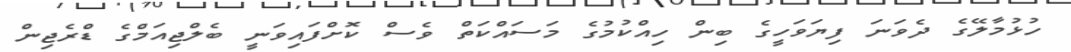
ހުޅުމާލޭގެ ދެވަނަ ފިޔަވަހީގެ ބިން ހިއްކުމުގެ މަސައްކަތް ވެސް ކޮށްފައިވަނީ ބެލްޖިއަމްގެ ޑްރެޖިން